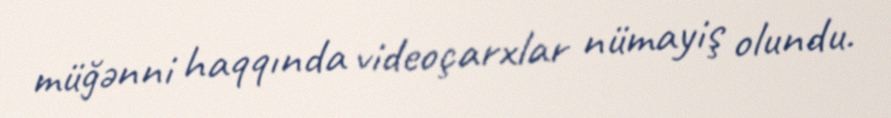
müğənni haqqında videoçarxlar nümayiş olundu.